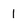
Character: 1